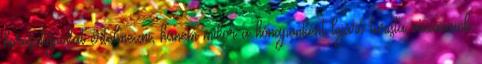
horoszkópokat értelmezni, hanem mikor a hónaponként lejáró turista vízumaink